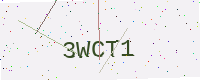
Text: 3WCT1